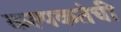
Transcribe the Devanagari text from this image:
कल्पकतेची